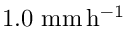
1 . 0 \ \mathrm { m m \, h ^ { - 1 } }